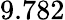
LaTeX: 9.782